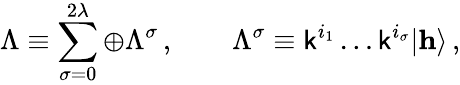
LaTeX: \Lambda\equiv\sum_{\sigma=0}^{2\lambda}\oplus\Lambda^{\sigma}\, ,\qquad\Lambda^{\sigma}\equiv{\sf k}^{i_{1}}\ldots{\sf k}^{i_{\sigma}}|{\mathbf h}\rangle\, ,